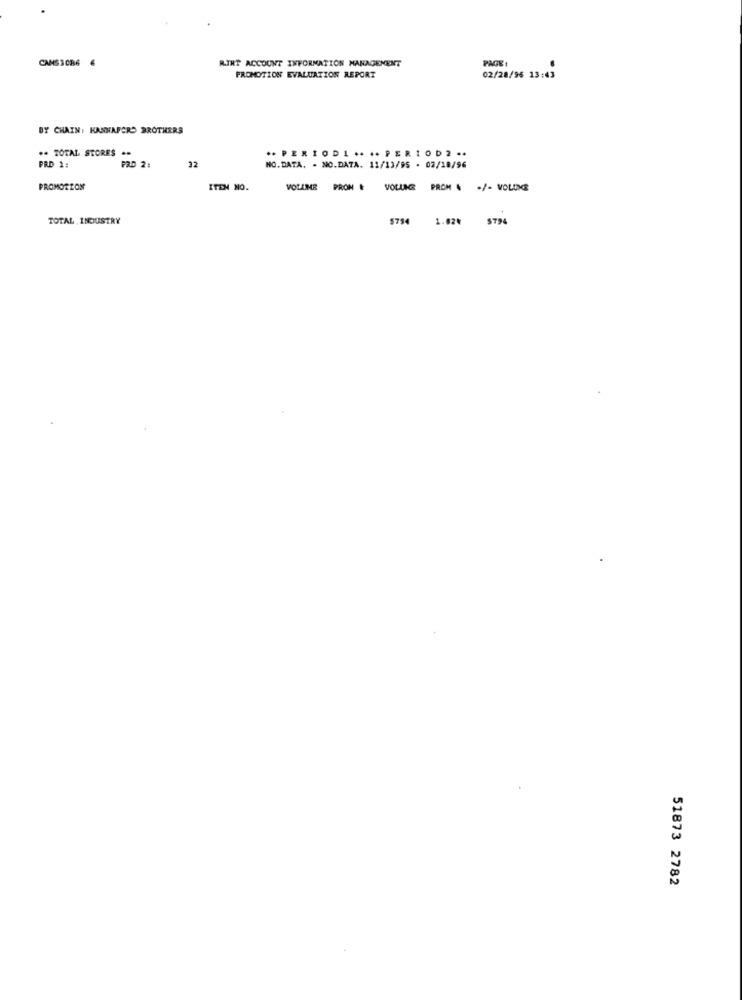
CAMSSCB6 4
RINT ACCOUNT INFORMATION MANAGEMENT
PAGE
PROMOTION EVALUATION REPORT
02/28/96 13:43
BY CHAIN: HANNAFORD BROTHERS
.. TOTAL STORES ..
.. PERIODI .... PERIOD2 ..
PRD 1:
PRD 2:
12
NO. DATA. - NO.DATA. 11/13/95 - 02/18/96
PROMOTION
ITEM NO.
VOLUME PRON & VOLLGE PROM . . /- VOLUNCE
TOTAL INDUSTRY
5794 1.02€ 5794
51873 2782